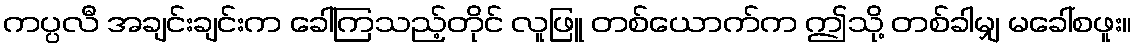
ကပ္ပလီ အချင်းချင်းက ခေါ်ကြသည့်တိုင် လူဖြူ တစ်ယောက်က ဤသို့ တစ်ခါမျှ မခေါ်စဖူး။